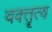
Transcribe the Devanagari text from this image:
वक्‍तॄत्‍व